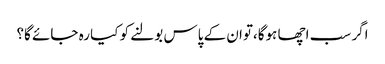
اگر سب اچھا ہوگا،توان کے پاس بولنے کو کیا رہ جائے گا؟